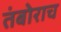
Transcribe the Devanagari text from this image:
तंबोराच